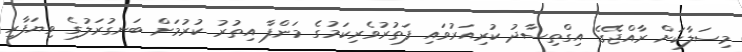
މިސަލާކަށް ރާއްޖޭގެ އިގްތިސާދު ކުރިއަރުވައި ފަތުރުވެރިކަމުގެ މަންފާ އިތުރު ކުރުމަށް ބަނގުރަލުގެ ވިޔަފާރި